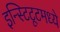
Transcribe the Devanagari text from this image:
इन्स्टिटूटमध्ये